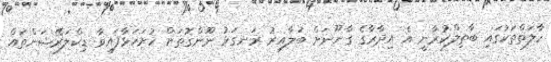
ހާލަތްތަކުގައި ބާތިލްކުރާނީ އެ އިދާރާގެ ގާނޫނަށް ބަލާއިރު ރަނގަޅު ނޫންގޮތަށް ހުށަހަޅާފައިވާ ޑިކްލަރޭޝަންތައް